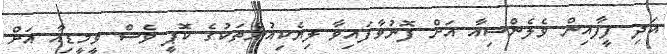
އަދި ފީފާއިން ވެލެންސިއާ އަށް ފޮނުވާފައިވާ ލިޔެކިއުންތަކުގެ ކޮޕީ ވެސް ވީމީޑިއާ އަށް